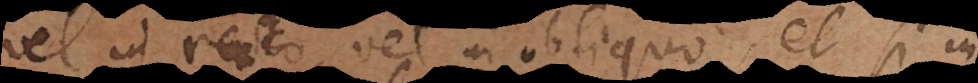
vel in recto, vel in obliquo, et si in